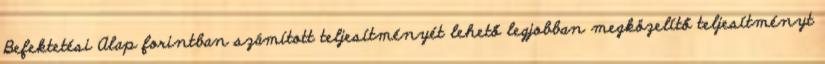
Befektetési Alap forintban számított teljesítményét lehető legjobban megközelítő teljesítményt